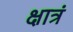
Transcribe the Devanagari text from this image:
क्षात्रं